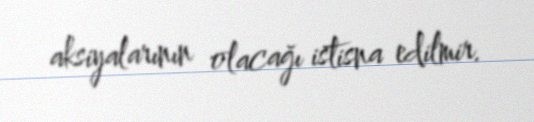
aksiyalarının olacağı istisna edilmir.